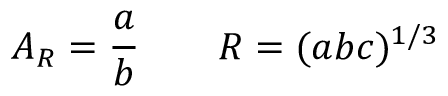
A _ { R } = \frac { a } { b } \qquad R = ( a b c ) ^ { 1 / 3 }